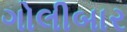
ગોલીબાર